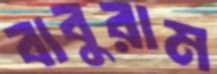
বাবুরাম